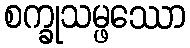
စက္ခုသမ္ဖဿော